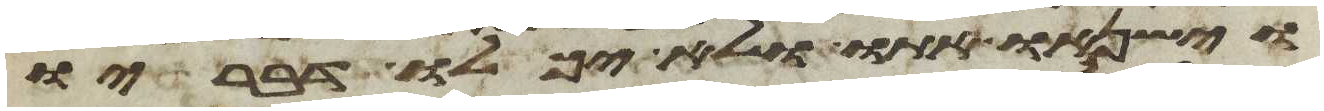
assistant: וישנאו אתו ולא יכלו דבריו